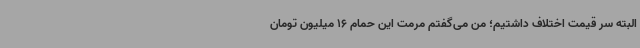
البته سر قیمت اختلاف داشتیم؛ من می‌گفتم مرمت این حمام 16 میلیون تومان